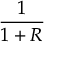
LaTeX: \frac { 1 } { 1 + R }